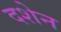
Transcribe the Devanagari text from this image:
दशेन